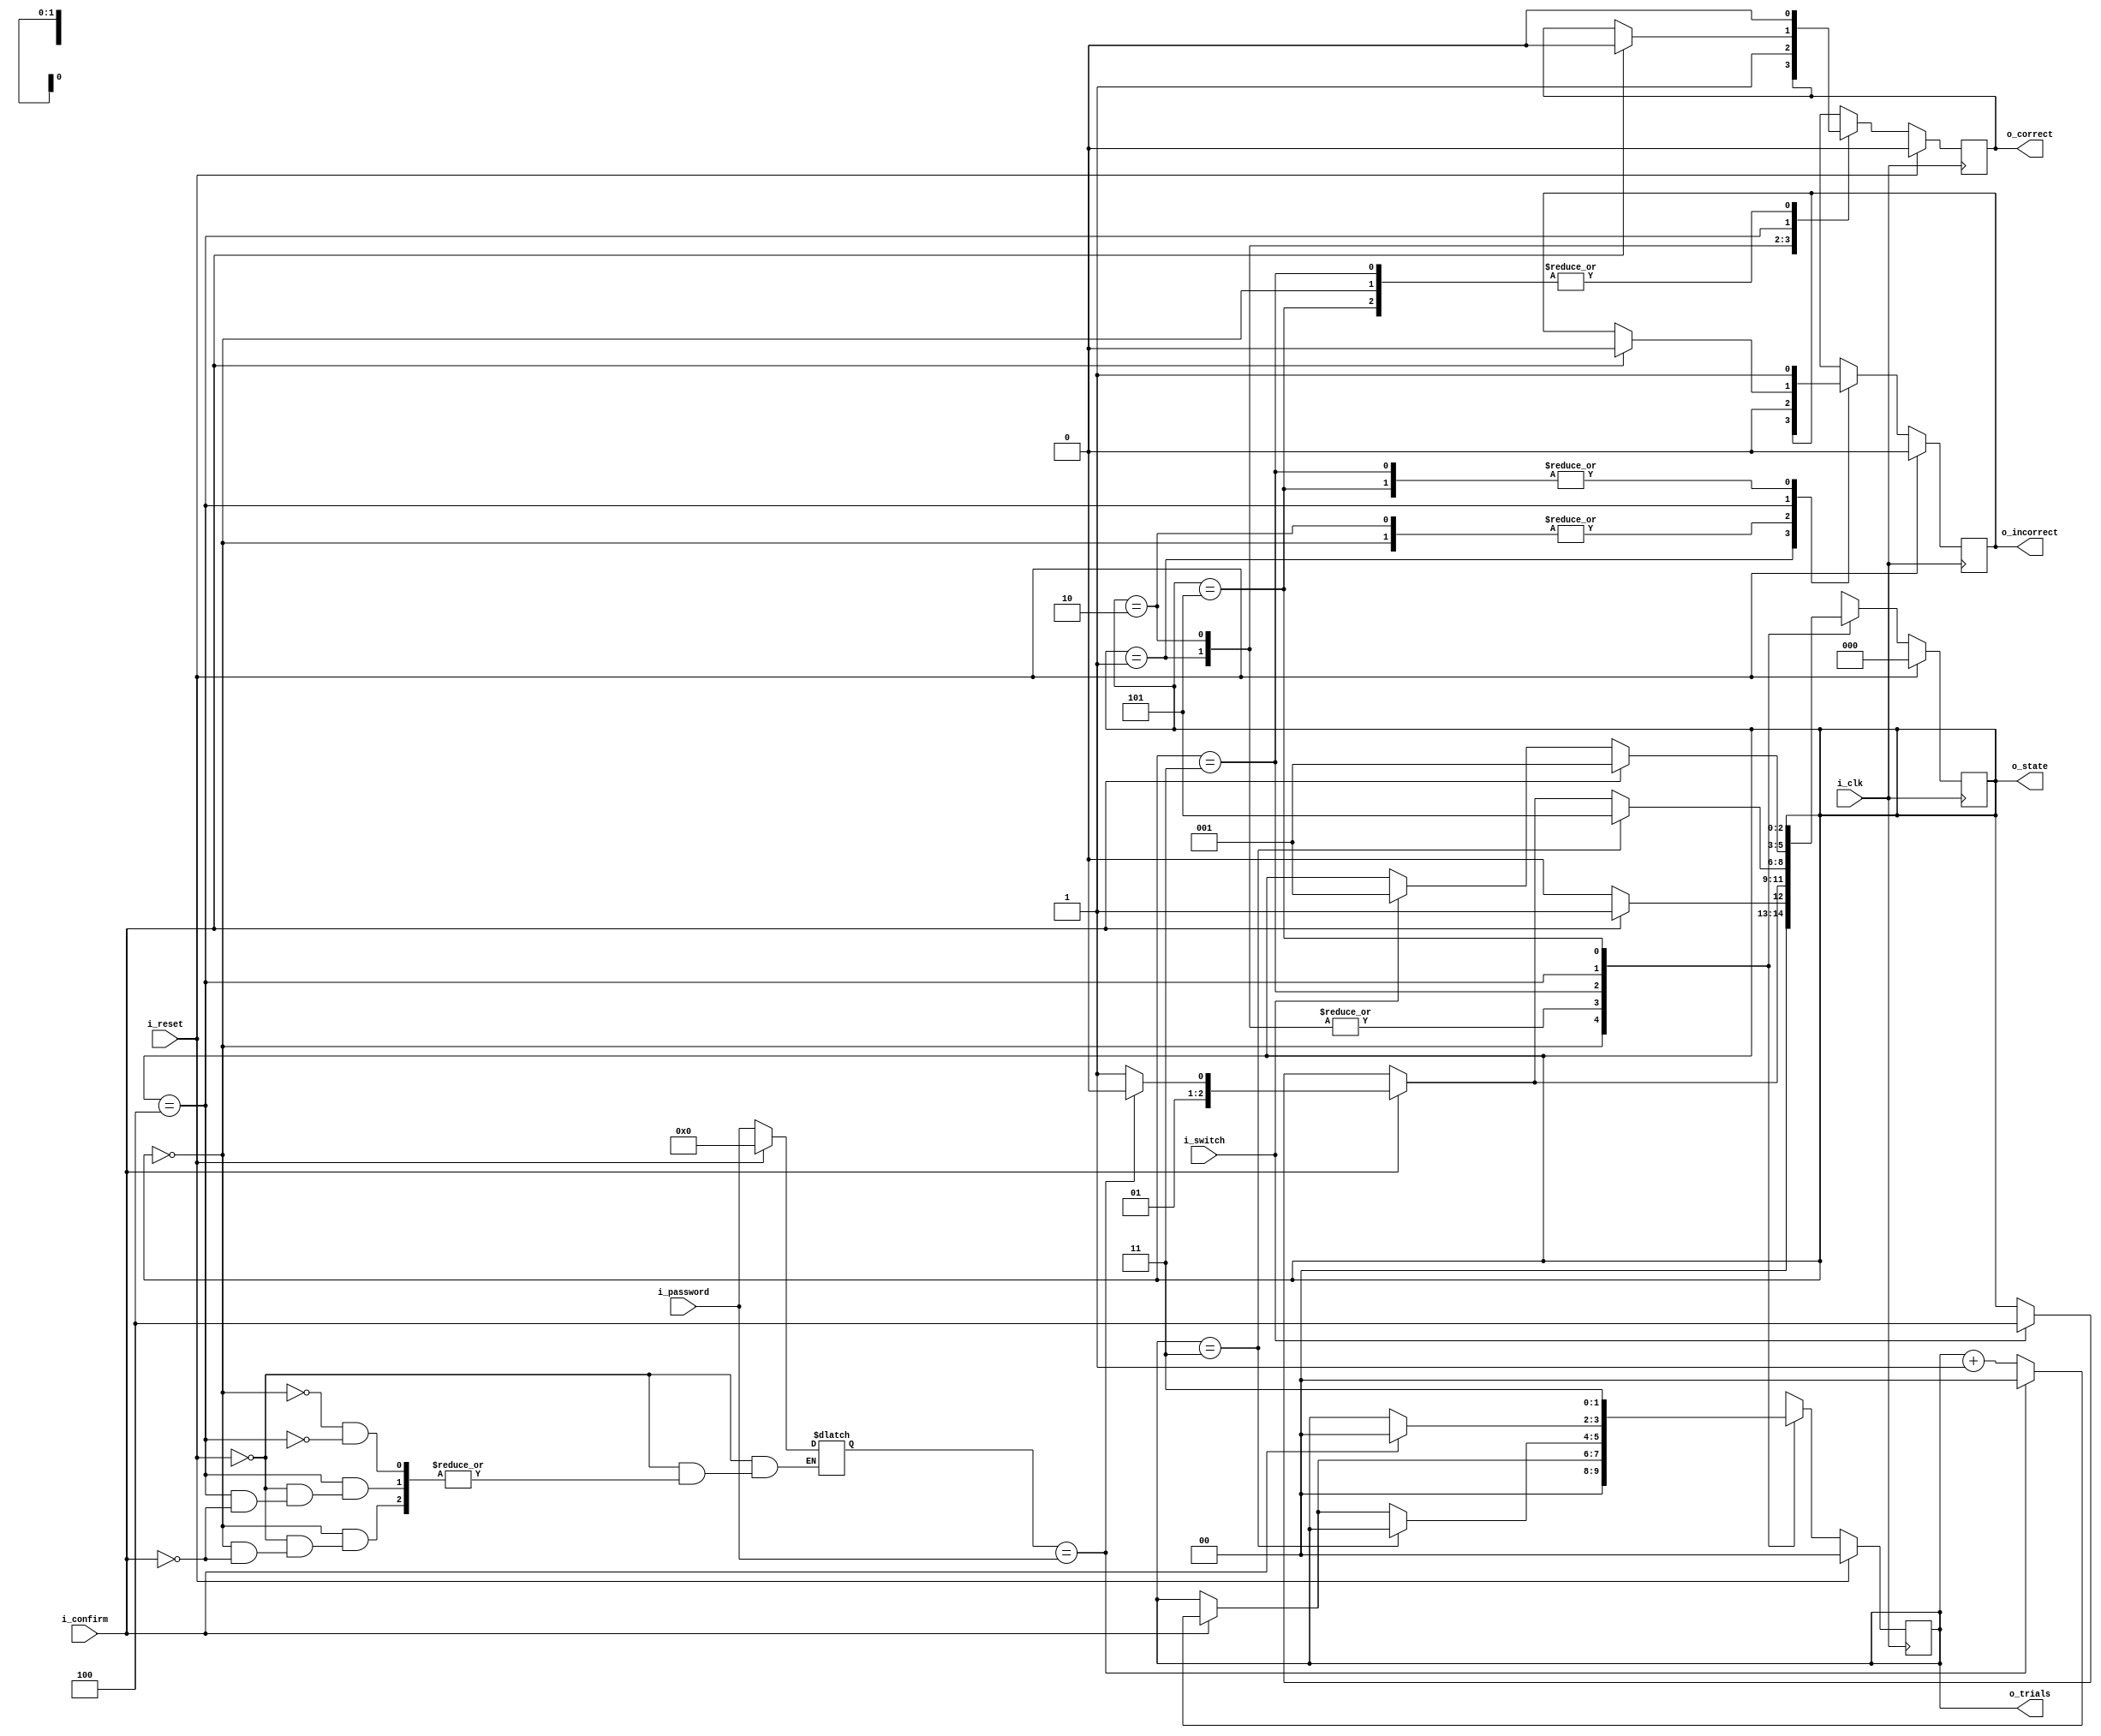
module door_lock_FSM(
    i_password,
    i_confirm,
    i_switch,
    i_reset,
    i_clk,
    o_correct,
    o_incorrect,
    o_trials,
    o_state
);

    input [11:0] i_password;
    input i_confirm;
    input i_switch;
    input i_reset;
    input i_clk;

    output reg o_correct;
    output reg o_incorrect;
    output reg [1:0] o_trials;
    output [2:0] o_state;

    reg [11:0] saved_password;
    reg [2:0] current_state;
    reg [2:0] next_state;
    reg r_correct;
    reg r_incorrect;
    reg [1:0] r_trials;

    localparam [2:0] INITIAL_SET = 3'b000;
    localparam [2:0] VERIFY = 3'b001;
    localparam [2:0] VERIFY_SUCCESS = 3'b010;
    localparam [2:0] VERIFY_FAIL = 3'b011;
    localparam [2:0] SET = 3'b100;
    localparam [2:0] FREEZE = 3'b101;

    always @ (posedge i_clk) begin
        current_state <= next_state;
        o_correct <= r_correct;
        o_incorrect <= r_incorrect;
        o_trials <= r_trials;
    end

    always @ (current_state or i_confirm or i_switch or i_reset) begin
        if (i_reset) begin

            r_correct = 0;
            r_incorrect = 0;
            r_trials = 0;
            saved_password = 0;
            next_state = INITIAL_SET;

        end else begin

            r_correct = 0;
            r_incorrect = 0;
            r_trials = 0;

            case (current_state)
                INITIAL_SET: begin
                    r_correct = 0;
                    r_incorrect = 0;
                    r_trials = 0;
                    if (i_confirm) begin
                        saved_password = i_password;
                        next_state = VERIFY;
                    end else begin
                        next_state = INITIAL_SET;
                    end
                end

                VERIFY: begin
                    r_correct = o_correct;
                    r_incorrect = o_incorrect;
                    if (i_confirm) begin
                        if (saved_password == i_password) begin
                            r_trials = 0;
                            next_state = VERIFY_SUCCESS;
                        end else begin
                            r_trials = o_trials + 1;
                            next_state = VERIFY_FAIL;
                        end
                    end else if (i_switch) begin
                        r_trials = o_trials;
                        next_state = SET;
                    end else begin
                        r_trials = o_trials;
                        next_state = current_state;
                    end
                end

                VERIFY_SUCCESS: begin
                    r_correct = 1;
                    r_incorrect = 0;
                    if (i_confirm) begin
                        if (saved_password == i_password) begin
                            r_trials = 0;
                            next_state = VERIFY_SUCCESS;
                        end else begin
                            r_trials = o_trials + 1;
                            next_state = VERIFY_FAIL;
                        end
                    end else if (i_switch) begin
                        r_trials = o_trials;
                        next_state = SET;
                    end else begin
                        r_trials = o_trials;
                        next_state = current_state;
                    end
                end

                VERIFY_FAIL: begin
                    r_correct = 0;
                    r_incorrect = 1;
                    if (o_trials == 2'd3) begin
                        r_trials = o_trials;
                        next_state = FREEZE;
                    end else if (i_confirm) begin
                        if (saved_password == i_password) begin
                            r_trials = 0;
                            next_state = VERIFY_SUCCESS;
                        end else begin
                            r_trials = o_trials + 1;
                            next_state = VERIFY_FAIL;
                        end
                    end else if (i_switch) begin
                        r_trials = o_trials;
                        next_state = SET;
                    end else begin
                        r_trials = o_trials;
                        next_state = current_state;
                    end
                end

                SET: begin
                    if (i_confirm) begin
                        saved_password = i_password;
                        r_trials = 0;
                        r_correct = 0;
                        r_incorrect = 0;
                        next_state = VERIFY;
                    end else if (i_switch) begin
                        r_trials = o_trials;
                        r_correct = o_correct;
                        r_incorrect = o_incorrect;
                        next_state = VERIFY;
                    end else begin
                        r_trials = o_trials;
                        r_correct = o_correct;
                        r_incorrect = o_incorrect;
                        next_state = current_state;
                    end
                end

                FREEZE: begin
                    r_correct = 0;
                    r_incorrect = 1;
                    r_trials = 3;
                    next_state = current_state;
                end

                default: begin
                    r_correct = 1'bx;
                    r_incorrect = 1'bx;
                    r_trials = 2'bxx;
                    next_state = 3'bxxx;
                end
            endcase
        end
    end

    assign o_state = current_state;

endmodule